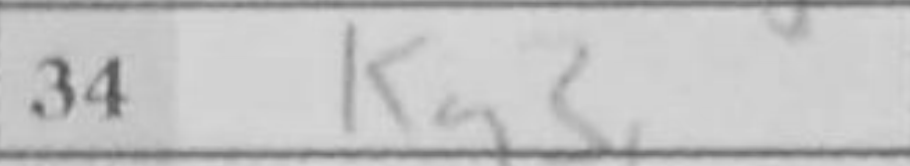
Transcription: Kg3